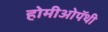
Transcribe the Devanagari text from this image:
होमीओपॅथी